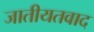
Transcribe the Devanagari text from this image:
जातीयतवाद